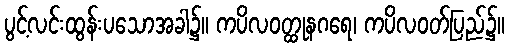
ပွင့်လင်းထွန်းပသောအခါ၌။ ကပိလဝတ္ထုနဂရေ၊ ကပိလဝတ်ပြည်၌။